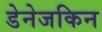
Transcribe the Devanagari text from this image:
डेनेजकिन